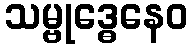
သမ္ဗုဒ္ဓေနေဝ